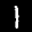
Label: 1